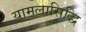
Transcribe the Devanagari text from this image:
यामलासिद्धि